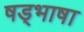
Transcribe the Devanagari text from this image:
षड्भाषा